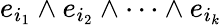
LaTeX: e_{i_{1}}\wedge e_{i_{2}}\wedge\cdots\wedge e_{i_{k}}